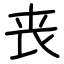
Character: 丧